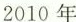
2010年